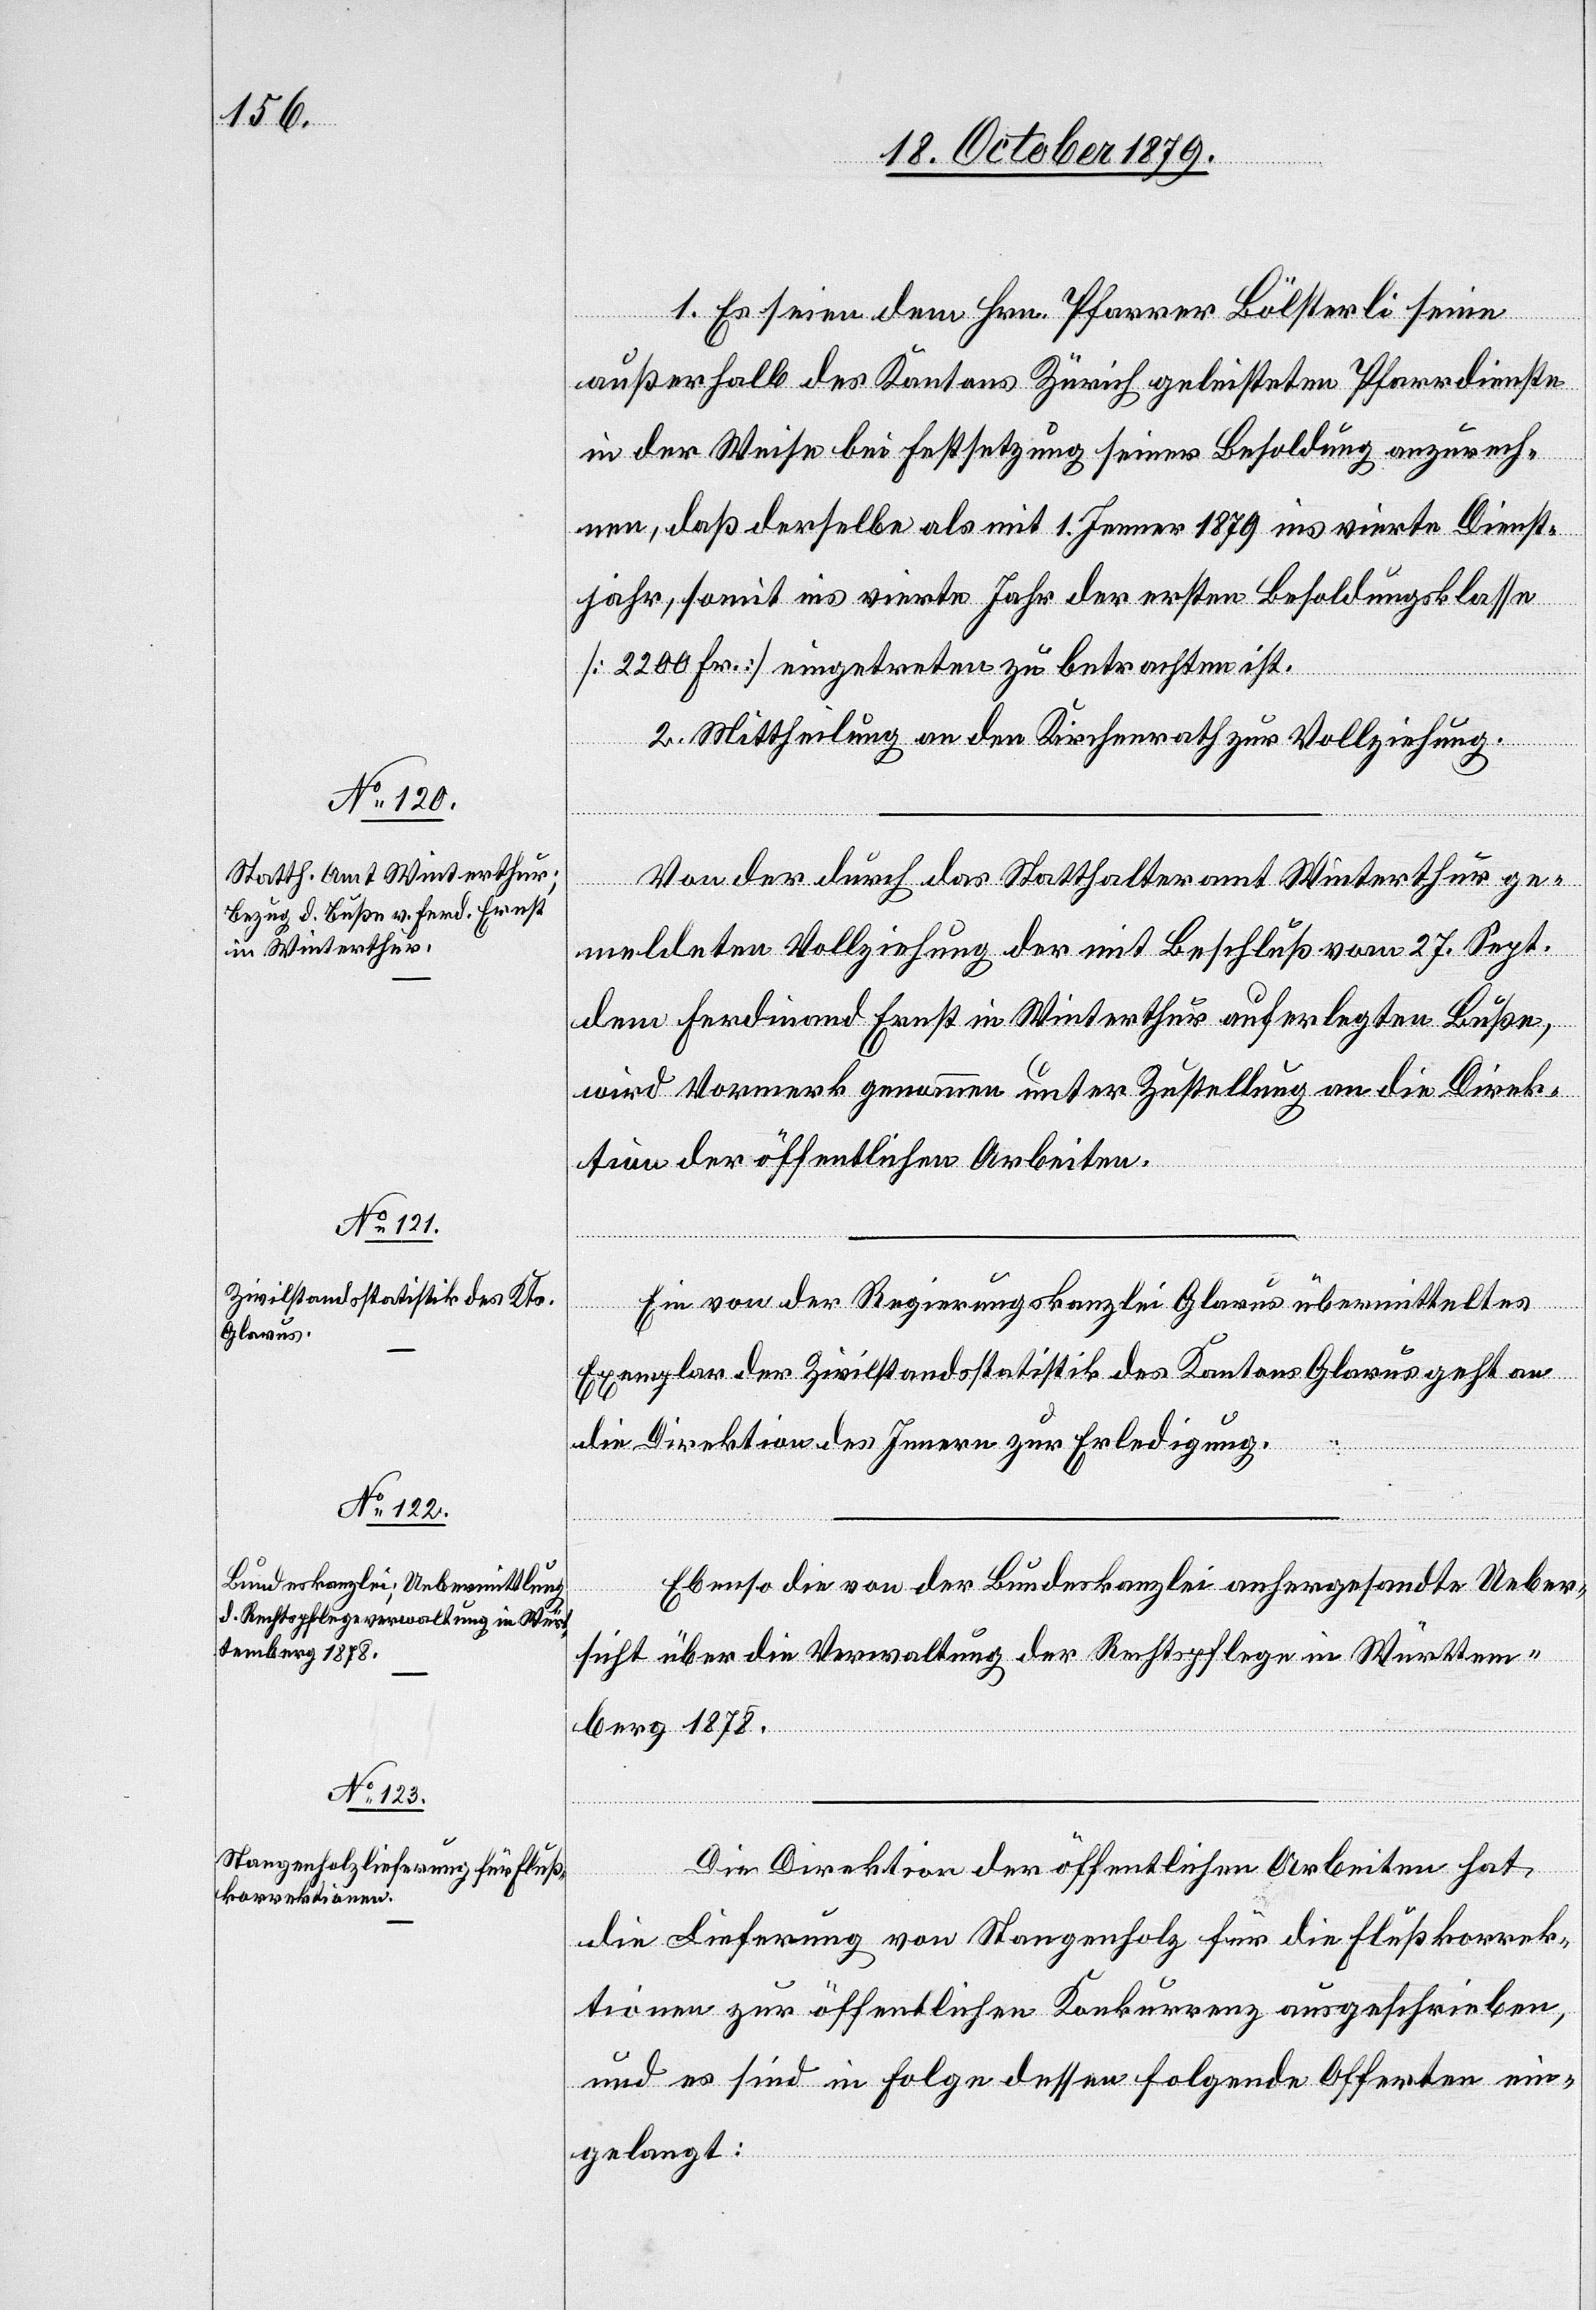
1. Es seien dem Hrn. Pfarrer Bölsterli seine
außerhalb des Kantons Zürich geleisteten Pfarrdienste
in der Weise bei Festsetzung seiner Besoldung anzurech¬
nen, daß derselbe als mit 1. Jenner 1879 ins vierte Dienst¬
jahr, somit ins vierte Jahr der ersten Besoldungsklasse
[2200 Fr.] eingetreten zu betrachten ist.
2. Mittheilung an den Kirchenrath zur Vollziehung.
Von der durch das Staathalteramt Winterthur ge¬
meldeten Vollziehung der mit Beschluß vom 27. Sept.
dem Ferdinand Ernst in Winterthur auferlegten Buße,
wird Vormerk genommen unter Zustellung an die Direk¬
tion der öffentlichen Arbeiten.
Ein von der Regierungskanzlei Glarus übermitteltes
Exemplar der Zivilstandsstatistik des Kantons Glarus geht an
die Direktion des Innern zu Erledigung.
Ebenso die von der Bundeskanzlei anhergesandte Ueber¬
sicht über die Verwaltung der Rechtspflege in Würthem¬
berg 1878.
Die Direktion der öffentlichen Arbeiten hat
die Lieferung von Stangenholz für die Flußkorrek¬
tionen zur öffentlichen Konkurrenz ausgeschrieben,
und es sind in Folge dessen folgende Offerten ein¬
gelangt: